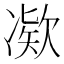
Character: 𫥗